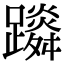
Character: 𨆴